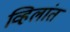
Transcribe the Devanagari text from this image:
व्हिलांत